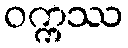
ဝက္ကဿ